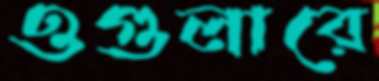
ওগুলারে